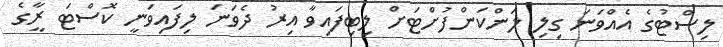
ލިސްޓުގެ އެއްވަނަ ގިލި ލަންކަންފުށްޓަށް ލިބިފައިވާ އިރު ދެވަނަ ލިިފައިވަނީ ކޮސްޓަ ރީާގެ